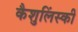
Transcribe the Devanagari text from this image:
कैशुलिंस्की